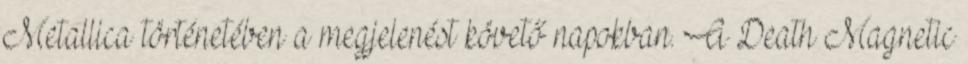
Metallica történetében a megjelenést követő napokban. A Death Magnetic